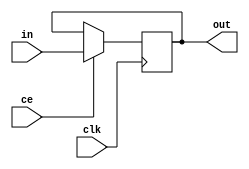
`timescale 1ns / 1ps
//////////////////////////////////////////////////////////////////////////////////
// Company: 
// Engineer: 
// 
// Design Name: 
// Module Name:    PC 
// Project Name: 
// Target Devices: 
// Tool versions: 
// Description: 
//
// Dependencies: 
//
// Revision: 
// Revision 0.01 - File Created
// Additional Comments: 
//
//////////////////////////////////////////////////////////////////////////////////
module PC(input [15:0] in, input clk,input ce, output reg [15:0] out
    );

initial begin out = 0;
end

always@(negedge clk)
begin
	if(ce)
		out <= in; 

end

endmodule